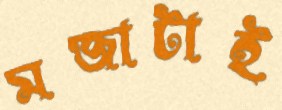
মজাটাই